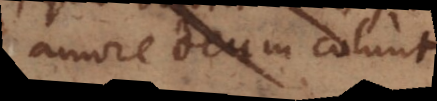
amore Deum colunt,